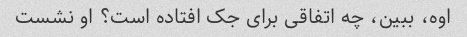
اوه، ببین، چه اتفاقی برای جک افتاده است؟ او نشست